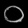
Digit: ၀